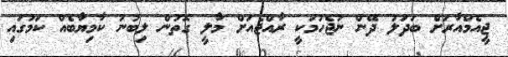
ޖީއެމްއާރަށް ބަދަލު ދޭން ނުޖެހުމަކީ ރާއްޖެއަށް މާލީ ގޮތުން ލިބުނު ކާމިޔާބެއް ކަމުގައި